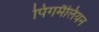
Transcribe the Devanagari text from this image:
पिगमैलियन